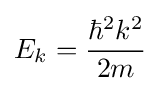
E_{k}={\frac {\hbar ^{2}k^{2}}{2m}}